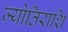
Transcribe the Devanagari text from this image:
ज्योतिराशि